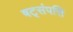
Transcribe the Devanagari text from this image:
षट्‌संपत्ति